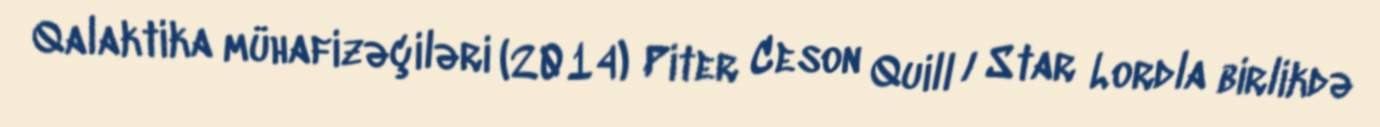
Qalaktika mühafizəçiləri (2014) Piter Ceson Quill / Star Lordla birlikdə